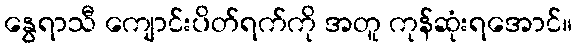
နွေရာသီ ကျောင်းပိတ်ရက်ကို အတူ ကုန်ဆုံးရအောင်။